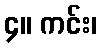
၄။ ကင်း၊